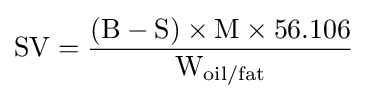
{\textrm {SV}}={\frac {({\textrm {B}}-{\textrm {S}})\times {\textrm {M}}\times 56.106}{{\textrm {W}}_{\textrm {oil/fat}}}}